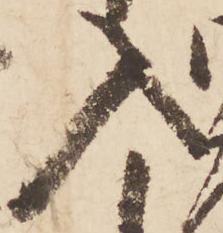
入